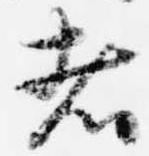
者